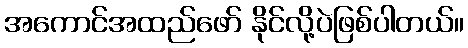
အကောင်အထည်ဖော် နိုင်လို့ပဲဖြစ်ပါတယ်။